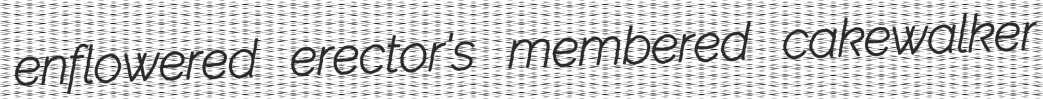
enflowered erector's membered cakewalker